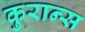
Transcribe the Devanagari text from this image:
कुरान्स